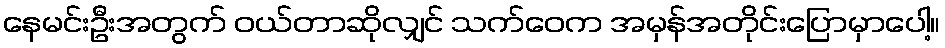
နေမင်းဦးအတွက် ဝယ်တာဆိုလျှင် သက်ဝေက အမှန်အတိုင်းပြောမှာပေါ့။